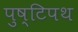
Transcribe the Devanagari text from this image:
पुष्टिपथ